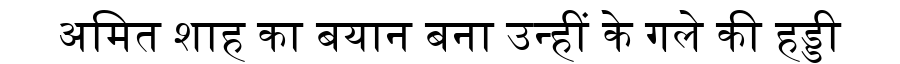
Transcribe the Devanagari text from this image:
अमित शाह का बयान बना उन्हीं के गले की हड्डी